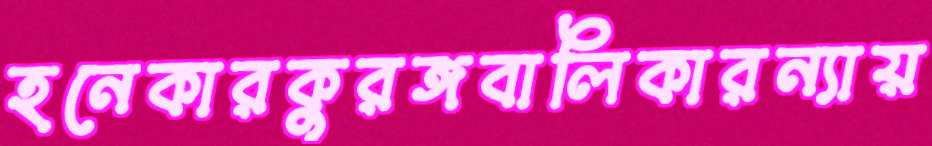
হনেকারকুরঙ্গবালিকারন্যায়